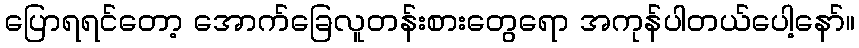
ပြောရရင်တော့ အောက်ခြေလူတန်းစားတွေရော အကုန်ပါတယ်ပေါ့နော်။